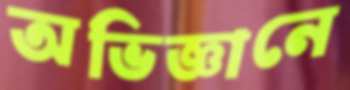
অভিজ্ঞানে